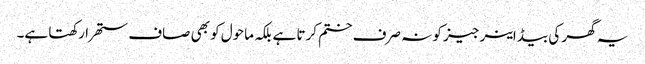
یہ گھر کی بیڈ اینرجیز کو نہ صرف ختم کرتا ہے بلکہ ماحول کو بھی صاف ستھرا رکھتا ہے۔